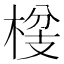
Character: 𮲴